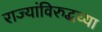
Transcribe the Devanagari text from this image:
राज्यांविरुद्धच्या